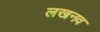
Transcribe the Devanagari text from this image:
लखनव